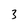
Character: 3